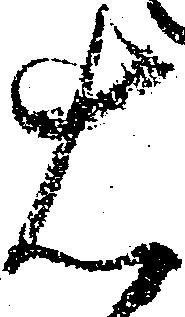
右